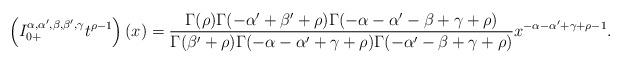
LaTeX: \begin{align*}\left(I_{0+}^{\alpha,\alpha',\beta,\beta',\gamma}t^{\rho-1}\right)(x)=\frac{\Gamma(\rho)\Gamma(-\alpha'+\beta'+\rho)\Gamma(-\alpha-\alpha'-\beta+\gamma+\rho)}{\Gamma(\beta'+\rho)\Gamma(-\alpha-\alpha'+\gamma+\rho)\Gamma(-\alpha'-\beta+\gamma+\rho)}x^{-\alpha-\alpha'+\gamma+\rho-1}.\end{align*}